Civil Veterinary Dept. North-West Frontier Province 1901-22 - 1901-1922
Year: 1901
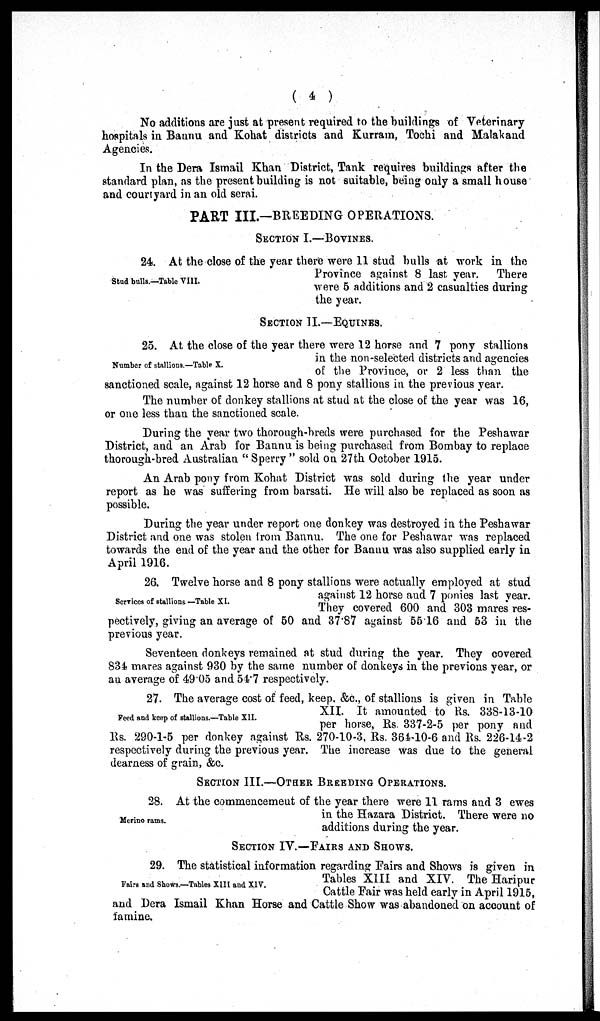
(4)
No additions are just at present required to the buildings of Veterinary
hospitals in Bannu and Kohat districts and Kurram, Tochi and Malakand
Agencies.
In the Dera Ismail Khan District, Tank requires buildings after the
standard plan, as the present building is not suitable, being only a small house
and courtyard in an old serai.
PART III.—BREEDING OPERATIONS.
SECTION I.—BOVINES.
Stud bulls.—Table VIII.
24. At the close of the year there were 11 stud bulls at work in the
Province against 8 last year. There
were 5 additions and 2 casualties during
the year.
SECTION II.—EQUINES.
Number of stallions.—Table X.
25. At the close of the year there were 12 horse and 7 pony stallions
in the non-selected districts and agencies
of the Province, or 2 less than the
sanctioned scale, against 12 horse and 8 pony stallions in the previous year.
The number of donkey stallions at stud at the close of the year was 16,
or one less than the sanctioned scale.
During the year two thorough-breds were purchased for the Peshawar
District, and an Arab for Bannu is being purchased from Bombay to replace
thorough-bred Australian " Sperry " sold on 27th October 1915.
An Arab pony from Kohat District was sold during the year under
report as he was suffering from barsati. He will also be replaced as soon as
possible.
During the year under report one donkey was destroyed in the Peshawar
District and one was stolen from Bannu. The one for Peshawar was replaced
towards the end of the year and the other for Bannu was also supplied early in
April 1916.
Services of stallions — Table XI.
26. Twelve horse and 8 pony stallions were actually employed at stud
against 12 horse and 7 ponies last year.
They covered 600 and 303 mares res-
pectively, giving an average of 50 and 37.87 against 55.16 and 53 in the
previous year.
Seventeen donkeys remained at stud during the year. They covered
834 mares against 930 by the same number of donkeys in the previous year, or
an average of 49.05 and 54.7 respectively.
Feed and keep of stallions.—Table XII.
27. The average cost of feed, keep. &c., of stallions is given in Table
XII. It amounted to Rs. 338-13-10
per horse, Rs. 337-2-5 per pony and
Rs. 290-1-5 per donkey against Rs. 270-10-3, Rs. 364-10-6 and Rs. 226-14-2
respectively during the previous year. The increase was due to the general
dearness of grain, &c.
SECTION III.—OTHER BREEDING OPERATIONS.
Merino rams.
28. At the commencement of the year there were 11 rams and 3 ewes
in the Hazara District. There were no
additions during the year.
SECTION IV.—FAIRS AND SHOWS.
Fairs and Shows.—Tables XIII and XIV.
29. The statistical information regarding Fairs and Shows is given in
Tables XIII and XIV. The Haripur
Cattle Fair was held early in April 1915,
and Dera Ismail Khan Horse and Cattle Show was abandoned on account of
famine.